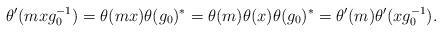
LaTeX: \begin{align*}\theta'(mxg_0^{-1})=\theta(mx)\theta(g_0)^*=\theta(m)\theta(x)\theta(g_0)^*=\theta'(m)\theta'(xg_0^{-1}).\end{align*}